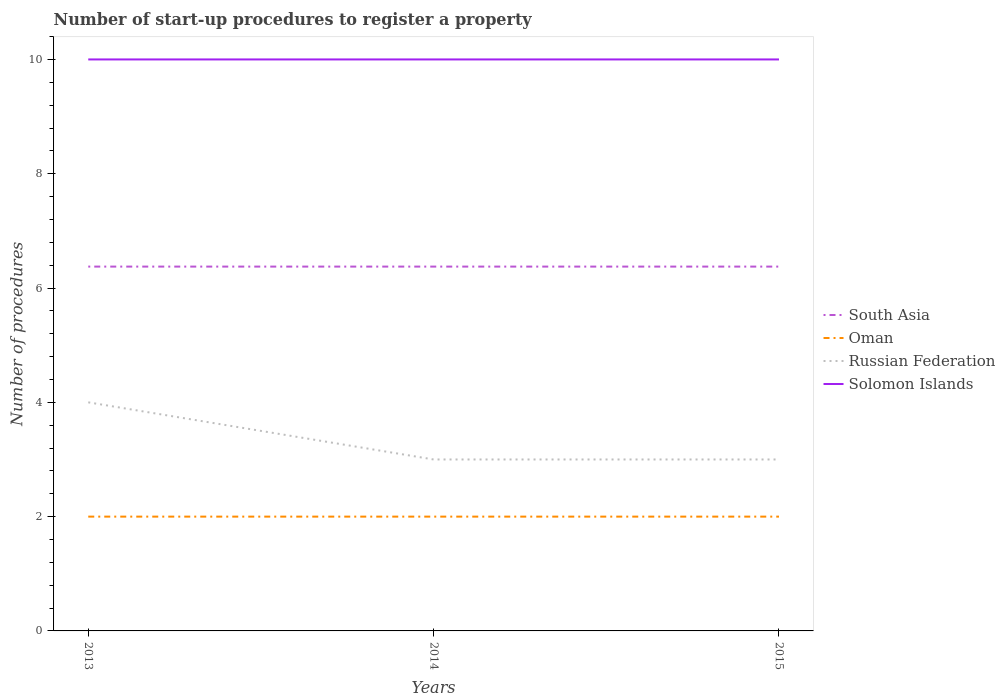
| Years | South Asia | Oman | Russian Federation | Solomon Islands |
 | --- | --- | --- | --- | --- |
 | 2013 | 6.38 | 2 | 4 | 10 |
 | 2014 | 6.38 | 2 | 3 | 10 |
 | 2015 | 6.38 | 2 | 3 | 10 |